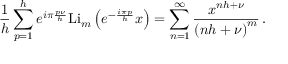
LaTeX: \frac { 1 } { h } \sum _ { p = 1 } ^ { h } e ^ { i \pi \frac { p \nu } { h } } \mathrm { L i } _ { m } \left( e ^ { - \frac { i \pi p } { h } } x \right) = \sum _ { n = 1 } ^ { \infty } \frac { x ^ { n h + \nu } } { \left( n h + \nu \right) ^ { m } } \, .